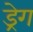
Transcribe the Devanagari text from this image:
ड्रेग